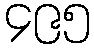
၄၉၅